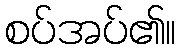
စပ်အပ်၏။